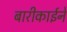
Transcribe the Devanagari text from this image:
बारीकाईने